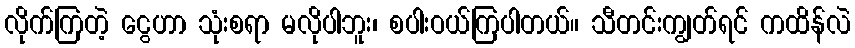
လိုက်ကြတဲ့ ငွေဟာ သုံးစရာ မလိုပါဘူး၊ စပါးဝယ်ကြပါတယ်။ သီတင်းကျွတ်ရင် ကထိန်လဲ